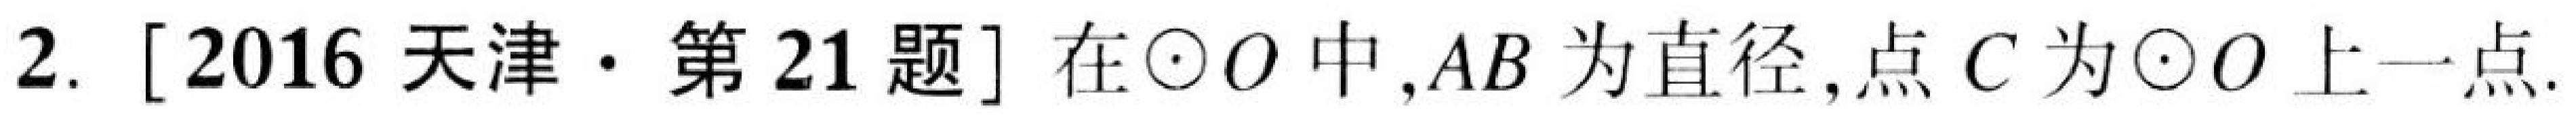
2. [2016天津·第21题]在$\odot O$中,$AB$为直径,点$C$为$\odot O$上一点.